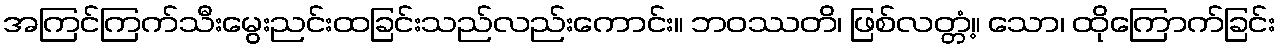
အကြင်ကြက်သီးမွေးညင်းထခြင်းသည်လည်းကောင်း။ ဘဝဿတိ၊ ဖြစ်လတ္တံ့။ သော၊ ထိုကြောက်ခြင်း